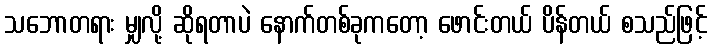
သဘောတရား မျှလို့ ဆိုရတာပဲ နောက်တစ်ခုကတော့ ဖောင်းတယ် ပိန်တယ် စသည်ဖြင့်